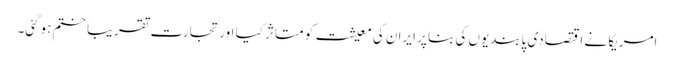
امریکا نے اقتصادی پابندیوں کی بنا پر ایران کی معیشت کو متاثر کیا اور تجارت تقریباََ ختم ہوگئی۔